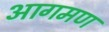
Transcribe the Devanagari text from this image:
आगमण